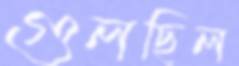
গুলছিল